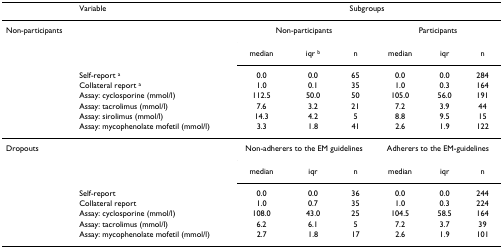
|  | Variable | <COLSPAN=6> Subgroups |
 | --- | --- | --- | --- | --- | --- | --- | --- |
 | Non-participants |  | <COLSPAN=3> Non-participants | <COLSPAN=3> Participants |
 |  |  | median | iqr b | n | median | iqr | n |
 |  | Self-report a | 0.0 | 0.0 | 65 | 0.0 | 0.0 | 284 |
 |  | Collateral report a | 1.0 | 0.1 | 35 | 1.0 | 0.3 | 164 |
 |  | Assay: cyclosporine (mmol/l) | 112.5 | 50.0 | 50 | 105.0 | 56.0 | 191 |
 |  | Assay: tacrolimus (mmol/l) | 7.6 | 3.2 | 21 | 7.2 | 3.9 | 44 |
 |  | Assay: sirolimus (mmol/l) | 14.3 | 4.2 | 5 | 8.8 | 9.5 | 15 |
 |  | Assay: mycophenolate mofetil (mmol/l) | 3.3 | 1.8 | 41 | 2.6 | 1.9 | 122 |
 | Dropouts |  | <COLSPAN=3> Non-adherers to the EM guidelines | <COLSPAN=3> Adherers to the EM-guidelines |
 |  |  | median | iqr | n | median | iqr | n |
 |  | Self-report | 0.0 | 0.0 | 36 | 0.0 | 0.0 | 244 |
 |  | Collateral report | 1.0 | 0.7 | 35 | 1.0 | 0.3 | 224 |
 |  | Assay: cyclosporine (mmol/l) | 108.0 | 43.0 | 25 | 104.5 | 58.5 | 164 |
 |  | Assay: tacrolimus (mmol/l) | 6.2 | 6.1 | 5 | 7.2 | 3.7 | 39 |
 |  | Assay: mycophenolate mofetil (mmol/l) | 2.7 | 1.8 | 17 | 2.6 | 1.9 | 101 |